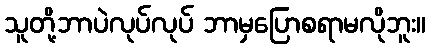
သူတို့ဘာပဲလုပ်လုပ် ဘာမှပြောစရာမလိုဘူး။